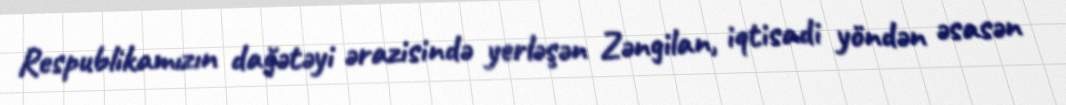
Respublikamızın dağətəyi ərazisində yerləşən Zəngilan, iqtisadi yöndən əsasən